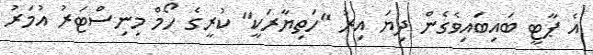
އެ ޕާޓީ ބައިބައިވެގެން ދިޔަ އިރު "ހަތިޔާރަކީ" ކުރީގެ ހޯމް މިނިސްޓަރު އުމަރު